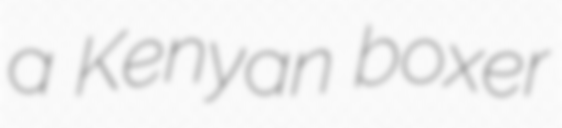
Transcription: a Kenyan boxer